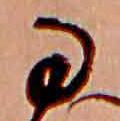
な